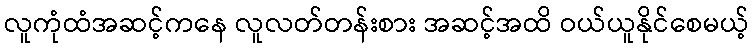
လူကုံထံအဆင့်ကနေ လူလတ်တန်းစား အဆင့်အထိ ဝယ်ယူနိုင်စေမယ့်